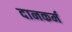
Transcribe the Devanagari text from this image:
दानकर्म